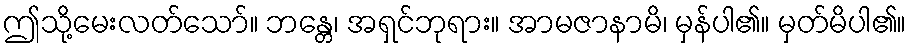
ဤသို့မေးလတ်သော်။ ဘန္တေ၊ အရှင်ဘုရား။ အာမဇာနာမိ၊ မှန်ပါ၏။ မှတ်မိပါ၏။